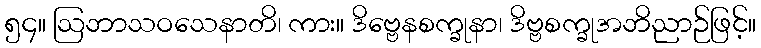
၅၄။ ဩဘာသဝသေနာတိ၊ ကား။ ဒိဗ္ဗေနစက္ခုနာ၊ ဒိဗ္ဗစက္ခုအဘိညာဉ်ဖြင့်။